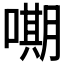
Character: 𭊫